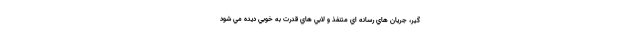
گير، جريان هاي رسانه اي متنفذ و لابي هاي قدرت به خوبي ديده مي شود